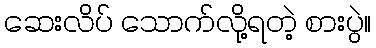
ဆေးလိပ် သောက်လို့ရတဲ့ စားပွဲ။